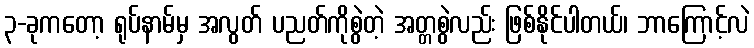
၃-ခုကတော့ ရုပ်နာမ်မှ အလွတ် ပညတ်ကိုစွဲတဲ့ အတ္တစွဲလည်း ဖြစ်နိုင်ပါတယ်၊ ဘာကြောင့်လဲ